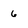
Character: 6